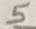
Text: 5